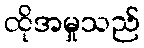
ထိုအမှုသည်